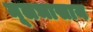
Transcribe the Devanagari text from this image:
मूलभासाय